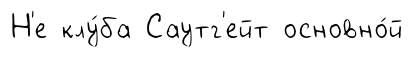
Н'е клу́ба Саутг'ейт основно́й